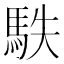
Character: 䭿